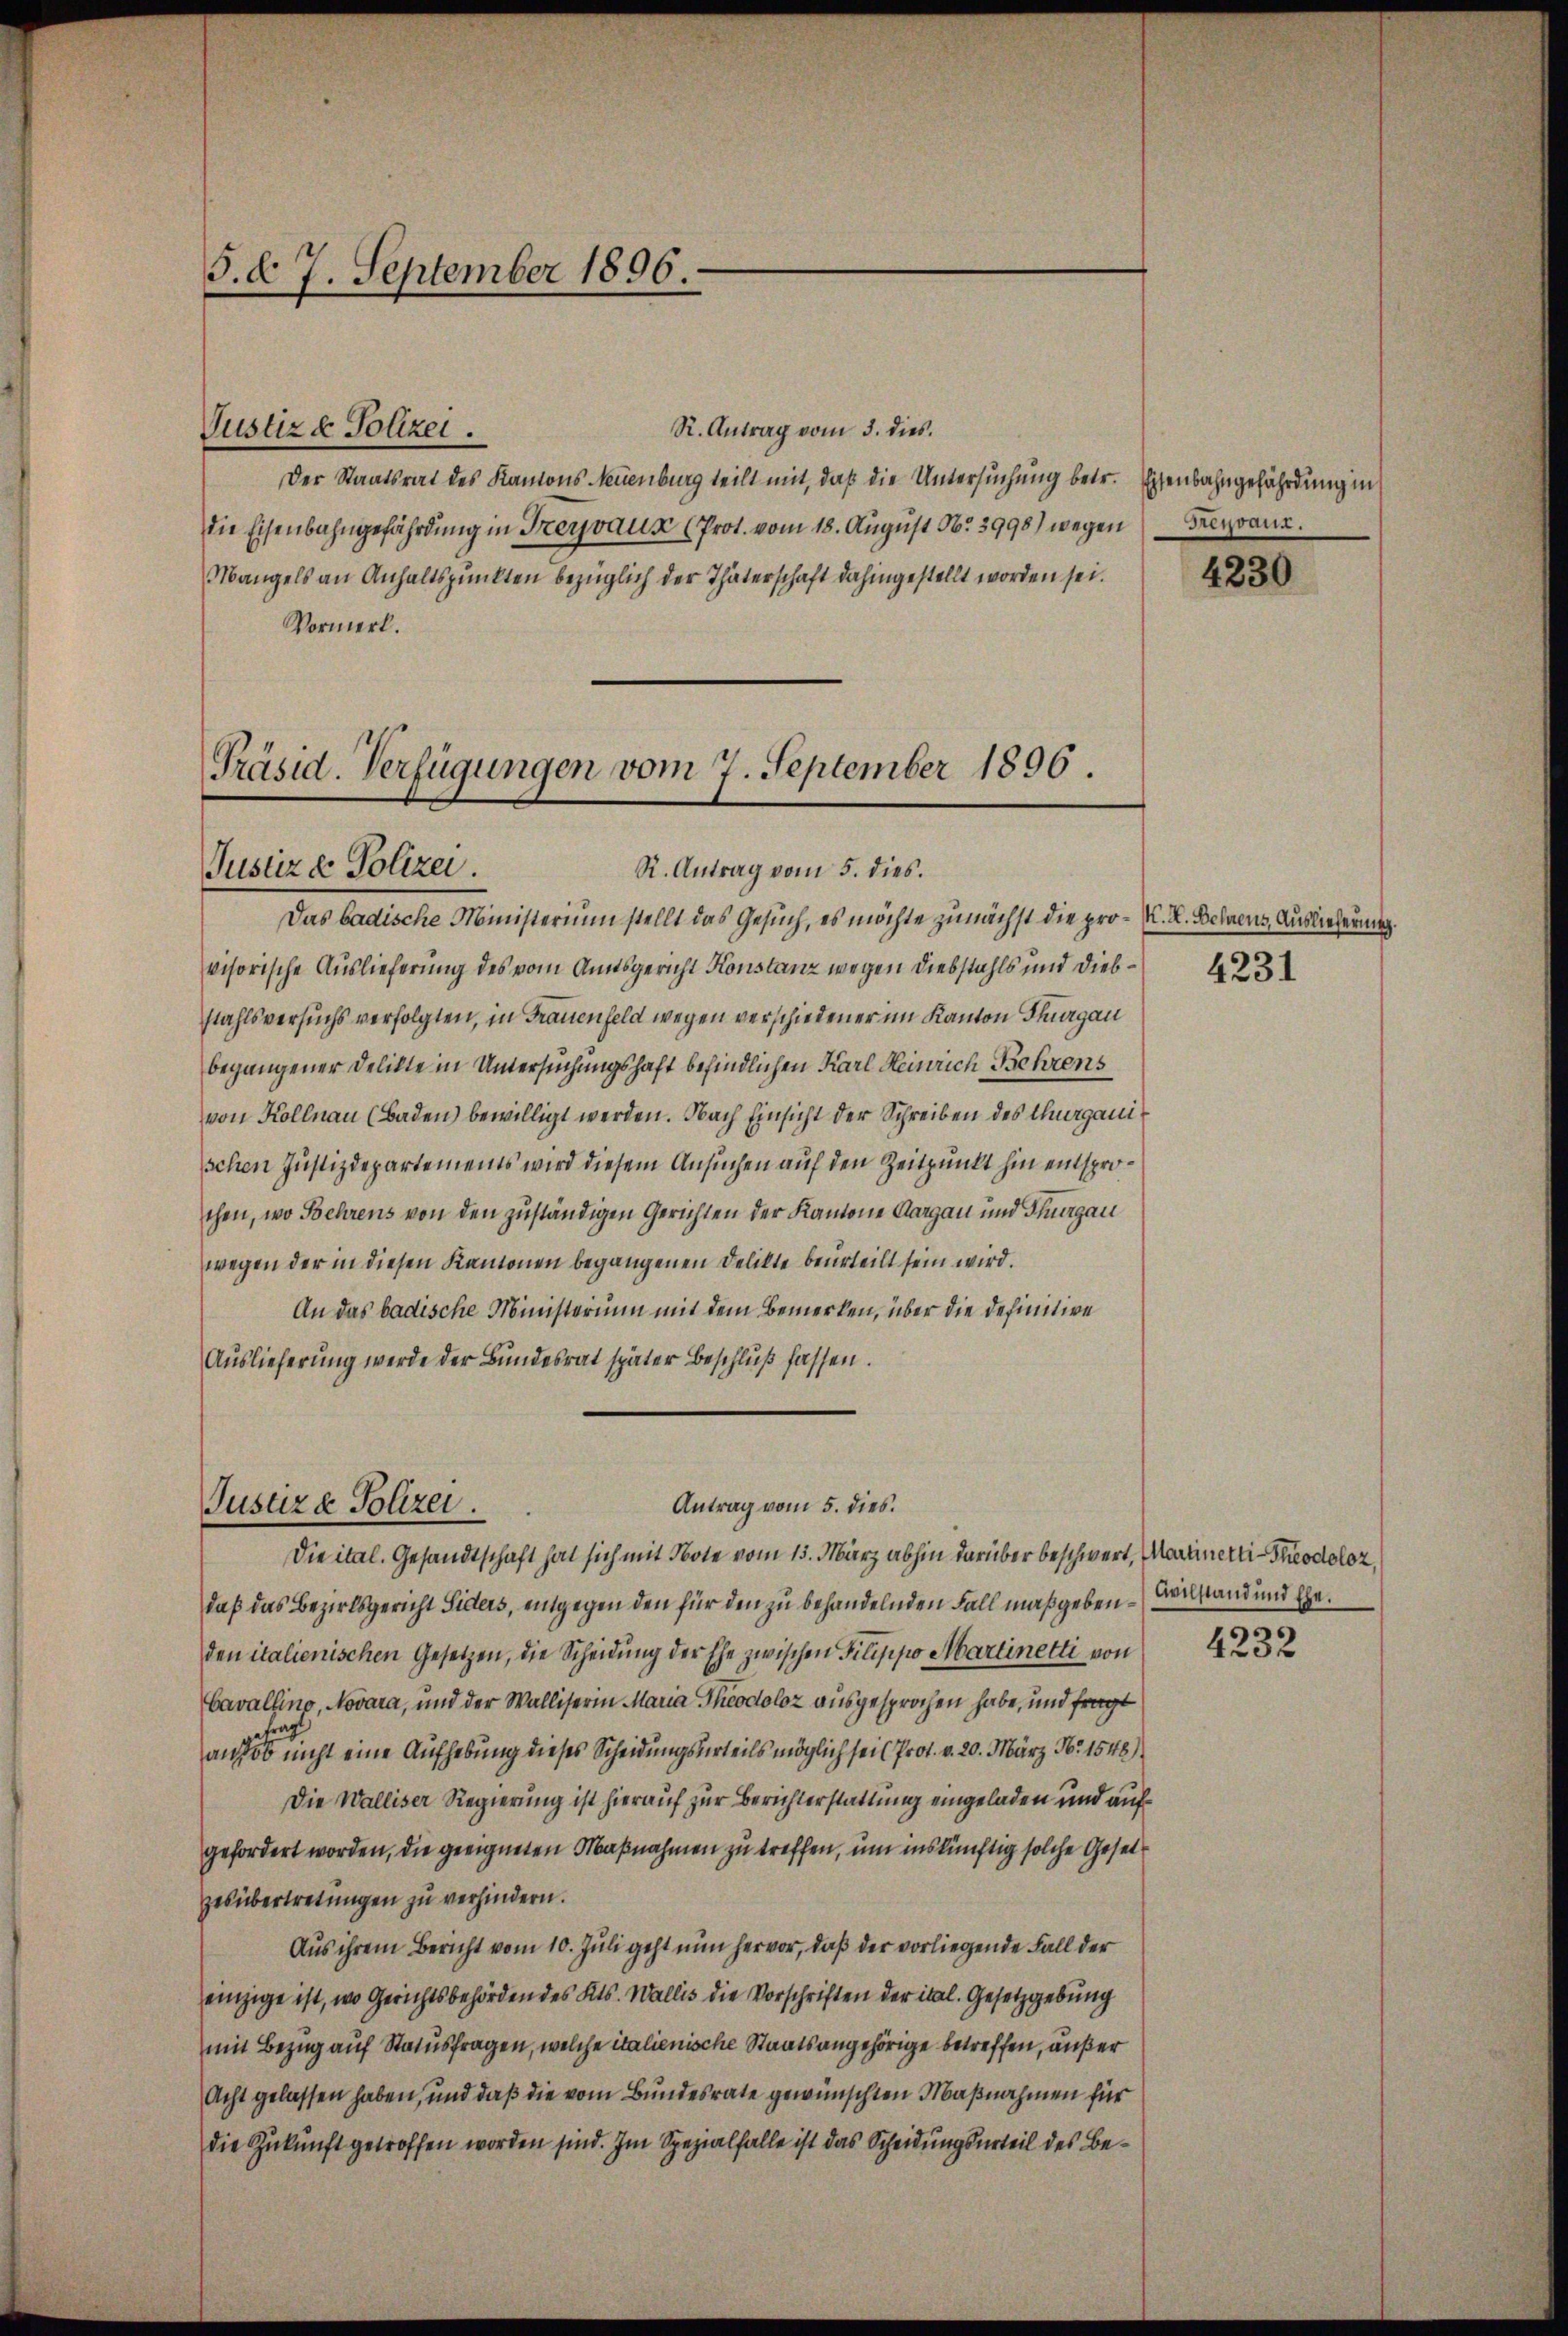
3. d. 7. September 1896.

Justiz & Polizei.

Präsid. Verfügungen vom 7. September 1896.
Justiz & Polizei
R. Antrag vom 5. dies.

R. Antrag vom 3. dies.
Der Staatsrat des Kantons Neuenburg teilt mit, daß die Untersuchung betr. Eisenbahngefährdung in
die Eisenbahngefährdung in Freyvaus (Prot. vom 18. August No. 3998) wegen
Mangels an Anhaltspunkten bezüglich der Thäterschaft dahingestellt worden sei.
Vormerk.

Antrag vom 5. dies.
Justiz & Polizei.
Die ital. Gesandtschaft hat sich mit Bote vom 15. März abhin darüber beschwert, Martinetti Theodoloz,

Heyrand.

Das badische Ministerium stellt das Gesuch, es möchte zunächst die pro- K. K. Behnens, Auslieferung.
visorische Auslieferung des vom Amtsgericht Konstanz wegen Diebstahls und Diebstahlsversuchs verfolgten, in Frauenfeld wegen verschiedener im Kanton Thurgau
begangener Delikte in Untersuchungshaft befindlichen Karl Heinrich Behrens
von Kollnau (Baden) bewilligt werden. Nach Einsicht der Schreiben des Thurganischen Justizdepartements wird diesem Ansuchen auf den Zeitpunkt hin entsprochen, wo Behrens von den zuständigen Gerichten der Kantone Aargau und Thurgau
wegen der in diesen Kantonen begangenen Delikte beurteilt sein wird.
An das badische Ministerium mit dem Bemerken, über die definitive
Auslieferung werde der Bundesrat später Beschluß fassen.

daß das Bezirksgericht Siders, entgegen den für den zu behandelnden Fall maßgeben – demand und Eheden italienischen Gesetzen, die Scheidung der Ehe zwischen Pilippo Martinetti von
Cavalling, Novara, und der Walliserin Maria Theodoloz ausgesprochen habe, und fragt
Betrag
auso nicht eine Aufhebung dieses Scheidungsurteils möglich sei Prot. v. 20. März N. 1548)
Die Walliser Regierung ist hierauf zur Berichterstattung eingeladen und aufgefordert worden, die geeigneten Maßnahmen zu treffen, um inskünftig solche Gesetzesübertretungen zu verhindern.
Aus ihrem Bericht vom 10. Juli geht nun hervor, daß der vorliegende Fall der
einzige ist, wo Gerichtsbehörden des Kts. Wallis die Vorschriften der ital. Gesetzgebung
mit Bezug auf Statusfragen, welche italienische Staatsangehörige betreffen, außer
Acht gelassen haben, und daß die vom Bundesrate gewünschten Maßnahmen für
die Zukunft getroffen worden sind. Im Spezialfalle ist das Scheidungsurteil des Be¬

4230

4231

4232